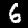
Digit: 6